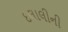
દલાલીની